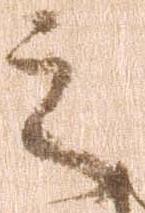
之